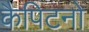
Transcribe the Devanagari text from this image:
कैपिटनो